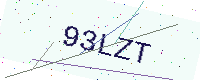
Text: 93LZT